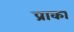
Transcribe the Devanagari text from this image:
प्राका